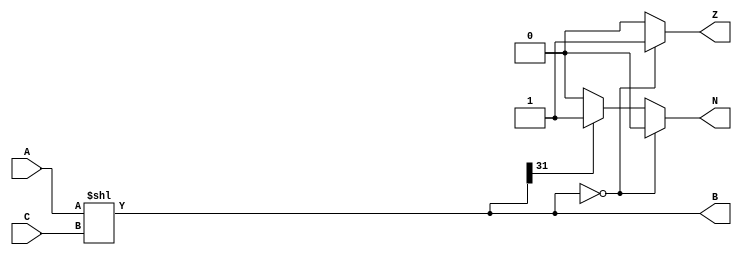
`timescale 1ns / 1ps
//////////////////////////////////////////////////////////////////////////////////
// Company: 
// Engineer: 
// 
// Design Name: 
// Module Name: Left_Shift
// Project Name: 
// Target Devices: 
// Tool Versions: 
// Description: 
// 
// Dependencies: 
// 
// Revision:
// Revision 0.01 - File Created
// Additional Comments:
// 
//////////////////////////////////////////////////////////////////////////////////


module Left_Shift(input [31:0] A,C, output reg [31:0] B , output reg  Z ,N );

always@(A or C)
begin
 B = A<<C;
    if (B == 32'h00000000)
        begin
          Z = 1;
          N = 0;
        end
      else
        begin
          Z = 0;
          if (B[31] == 1'b0)
            N = 0;
          else
            N = 1;
        end
end
endmodule